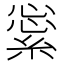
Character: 𦁞